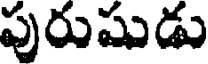
పురుషుడు